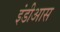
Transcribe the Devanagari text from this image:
इंडीआस